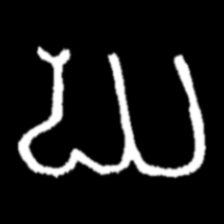
Pyu character \u2014 Myanmar letter: ဃ (romanized: gha)